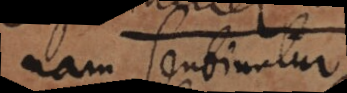
nam sentiuntur